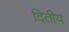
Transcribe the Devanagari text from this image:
दितीय